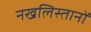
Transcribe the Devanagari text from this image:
नखलिस्तानों